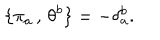
\qquad \{ \pi _ { a } \, , \, \theta ^ { b } \} = - \delta _ { a } ^ { b } .